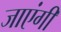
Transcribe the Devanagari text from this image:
जाएंगीं